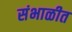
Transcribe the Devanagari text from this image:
संभाळीत